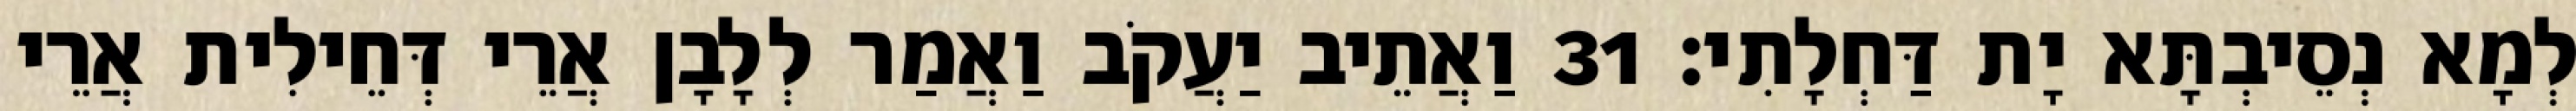
לְמָא נְסֵיבְתָּא יָת דַּחְלָתִי׃ 31 וַאֲתֵיב יַעֲקֹב וַאֲמַר לְלָבָן אֲרֵי דְּחֵילִית אֲרֵי